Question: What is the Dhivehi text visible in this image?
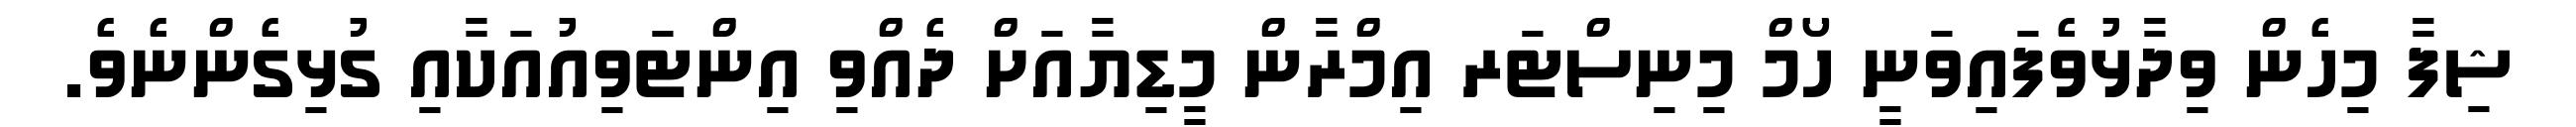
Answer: ޝިފާ މިހެން ވިދާޅުވެފައިވަނީ ހޯމް މިނިސްޓަރ އިމްރާން މީޑިޔާއަށް ދެއްވި އިންޓަވިއުއަކާއި ގުޅިގެންނެވެ.